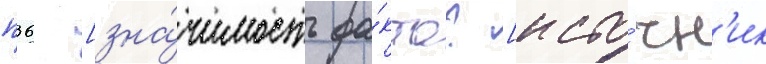
п36 [зна́чимость фа́кта? [исто́чн'ик